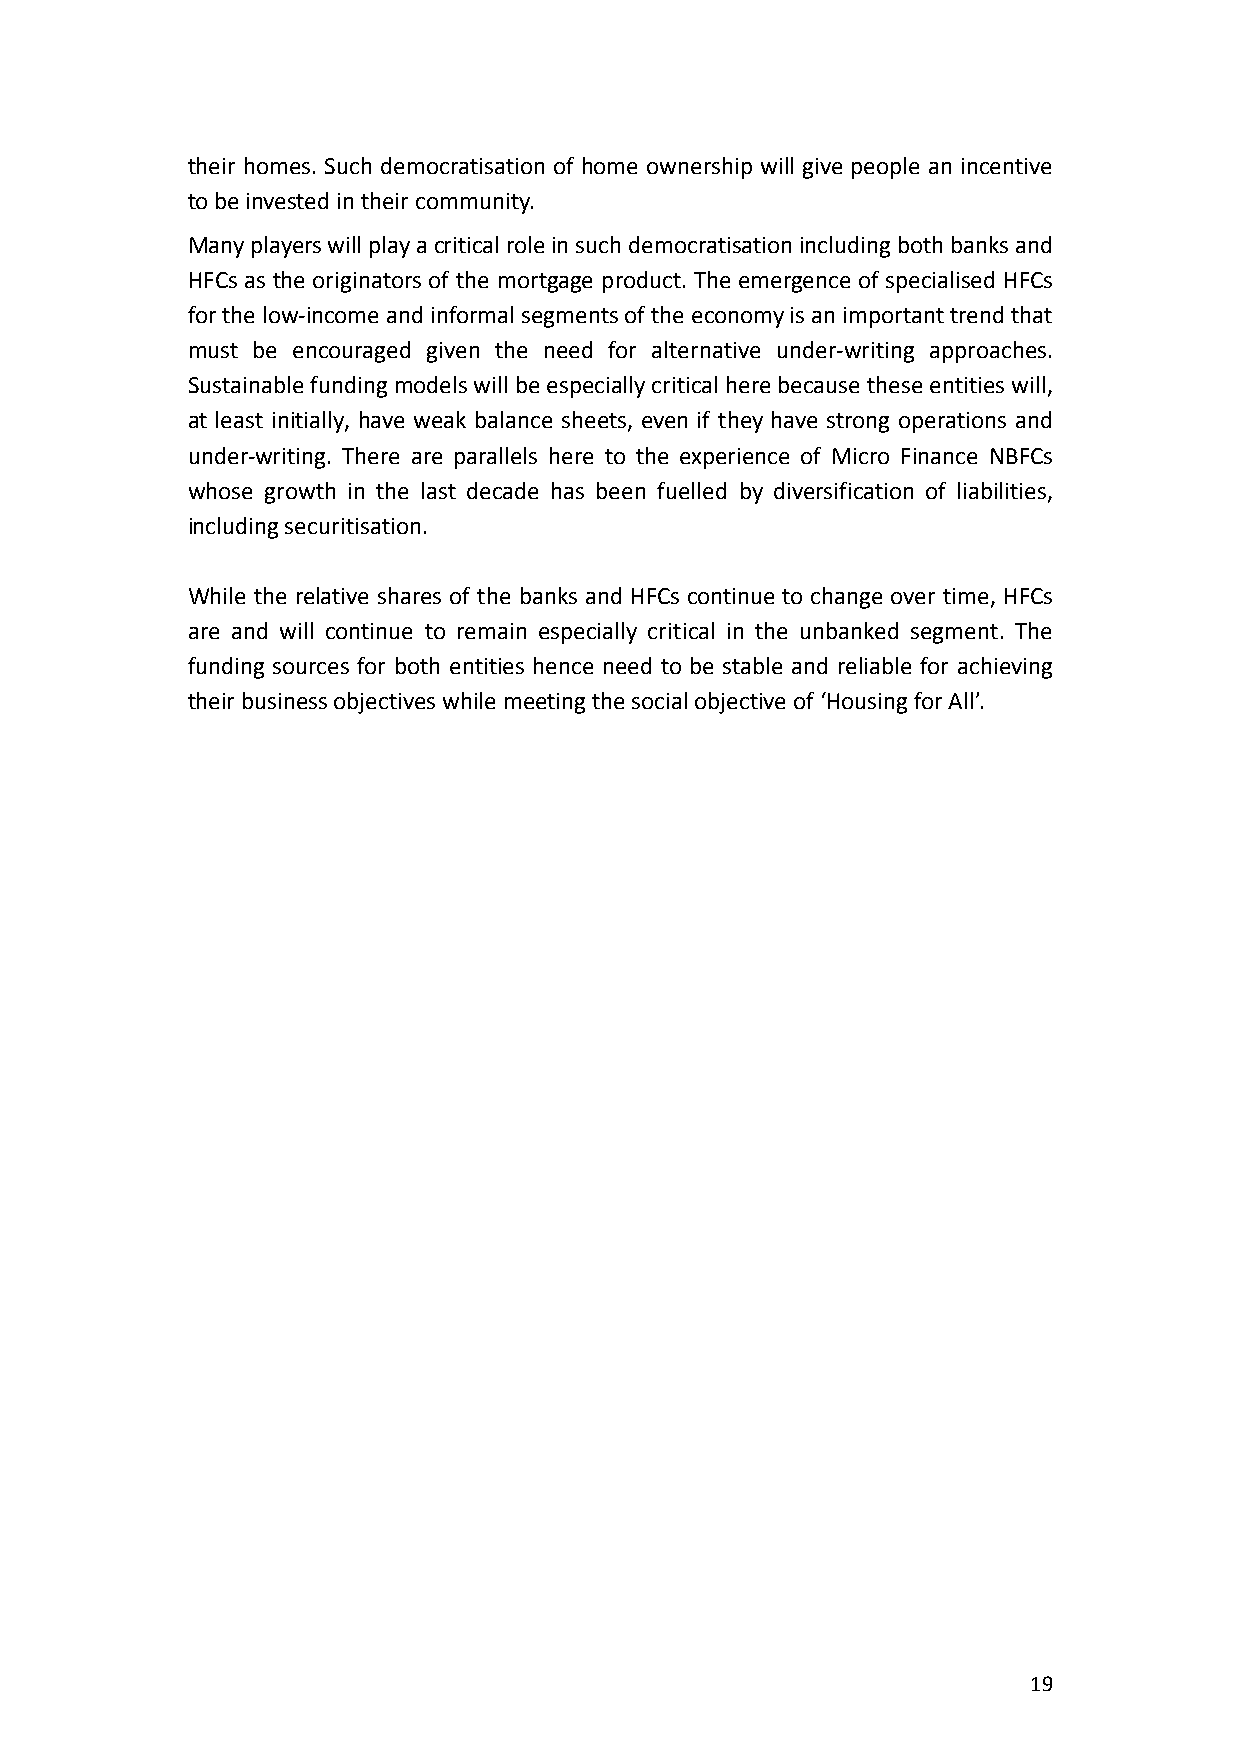
their homes. Such democratisation of home ownership will give people an incentive
 to be invested in their community.
 Many players will play a critical role in such democratisation including both banks and
 HFCs as the originators of the mortgage product. The emergence of specialised HFCs
 for the low-income and informal segments of the economy is an important trend that
 must be encouraged given the need for alternative under-writing approaches.
 Sustainable funding models will be especially critical here because these entities will,
 at least initially, have weak balance sheets, even if they have strong operations and
 under-writing. There are parallels here to the experience of Micro Finance NBFCs
 whose growth in the last decade has been fuelled by diversification of liabilities,
 including securitisation.
 While the relative shares of the banks and HFCs continue to change over time, HFCs
 are and will continue to remain especially critical in the unbanked segment. The
 funding sources for both entities hence need to be stable and reliable for achieving
 their business objectives while meeting the social objective of ‘Housing for All’.
 19